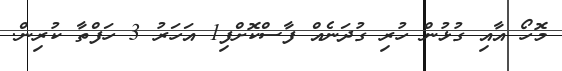
މޮހޯ އާއި ގުޅުން ހުރި ގުދަނެއް ފާސްކޮށްފި1 އަހަރު 3 ހަފްތާ ކުރިން.